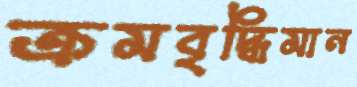
ক্রমবৃদ্ধিমান